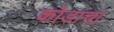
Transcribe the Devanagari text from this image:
कोडाचा